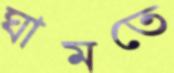
ঘামতে